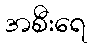
အစီးရေ